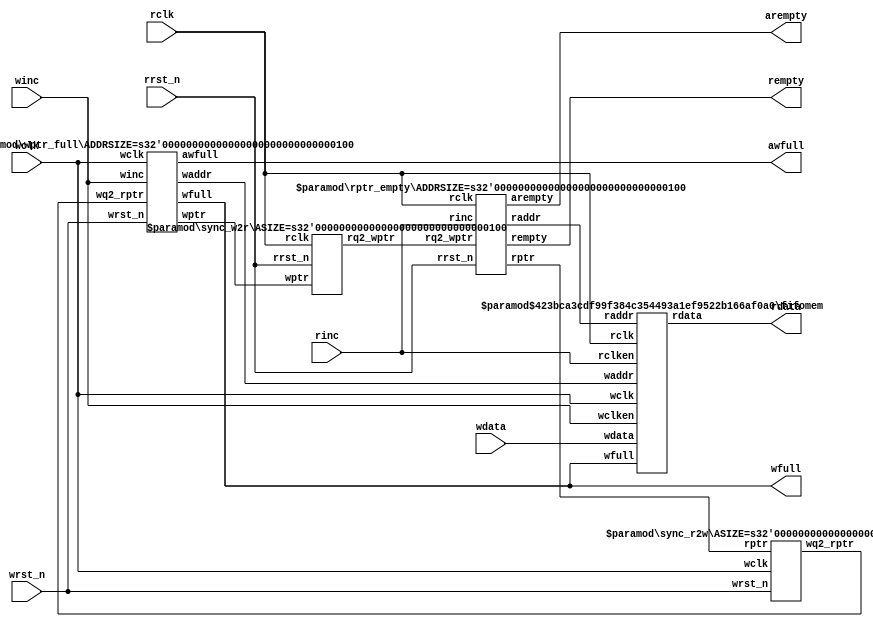
/*  
    This fifo has been taken from this repository: https://github.com/dpretet/async_fifo

*/

// distributed under the mit license
// https://opensource.org/licenses/mit-license.php

module async_fifo

    #(
        parameter DSIZE = 8,
        parameter ASIZE = 4,
        parameter FALLTHROUGH = "TRUE" // First word fall-through without latency
    )(
        input  wire             wclk,
        input  wire             wrst_n,
        input  wire             winc,
        input  wire [DSIZE-1:0] wdata,
        output wire             wfull,
        output wire             awfull,
        input  wire             rclk,
        input  wire             rrst_n,
        input  wire             rinc,
        output wire [DSIZE-1:0] rdata,
        output wire             rempty,
        output wire             arempty
    );

    wire [ASIZE-1:0] waddr, raddr;
    wire [ASIZE  :0] wptr, rptr, wq2_rptr, rq2_wptr;

    // The module synchronizing the read point
    // from read to write domain
    sync_r2w
    #(ASIZE)
    sync_r2w (
    .wq2_rptr (wq2_rptr),
    .rptr     (rptr),
    .wclk     (wclk),
    .wrst_n   (wrst_n)
    );

    // The module synchronizing the write point
    // from write to read domain
    sync_w2r
    #(ASIZE)
    sync_w2r (
    .rq2_wptr (rq2_wptr),
    .wptr     (wptr),
    .rclk     (rclk),
    .rrst_n   (rrst_n)
    );

    // The module handling the write requests
    wptr_full
    #(ASIZE)
    wptr_full (
    .awfull   (awfull),
    .wfull    (wfull),
    .waddr    (waddr),
    .wptr     (wptr),
    .wq2_rptr (wq2_rptr),
    .winc     (winc),
    .wclk     (wclk),
    .wrst_n   (wrst_n)
    );

    // The DC-RAM
    fifomem
    #(DSIZE, ASIZE, FALLTHROUGH)
    fifomem (
    .rclken (rinc),
    .rclk   (rclk),
    .rdata  (rdata),
    .wdata  (wdata),
    .waddr  (waddr),
    .raddr  (raddr),
    .wclken (winc),
    .wfull  (wfull),
    .wclk   (wclk)
    );

    // The module handling read requests
    rptr_empty
    #(ASIZE)
    rptr_empty (
    .arempty  (arempty),
    .rempty   (rempty),
    .raddr    (raddr),
    .rptr     (rptr),
    .rq2_wptr (rq2_wptr),
    .rinc     (rinc),
    .rclk     (rclk),
    .rrst_n   (rrst_n)
    );

endmodule

module fifomem

    #(
        parameter  DATASIZE = 8,    // Memory data word width
        parameter  ADDRSIZE = 4,    // Number of mem address bits
        parameter  FALLTHROUGH = "TRUE" // First word fall-through
    ) (
        input  wire                wclk,
        input  wire                wclken,
        input  wire [ADDRSIZE-1:0] waddr,
        input  wire [DATASIZE-1:0] wdata,
        input  wire                wfull,
        input  wire                rclk,
        input  wire                rclken,
        input  wire [ADDRSIZE-1:0] raddr,
        output wire [DATASIZE-1:0] rdata
    );

    localparam DEPTH = 1<<ADDRSIZE;

    reg [DATASIZE-1:0] mem [0:DEPTH-1];
    reg [DATASIZE-1:0] rdata_r;

    always @(posedge wclk) begin
        if (wclken && !wfull)
            mem[waddr] <= wdata;
    end

    generate
        if (FALLTHROUGH == "TRUE")
        begin : fallthrough
            assign rdata = mem[raddr];
        end
        else
        begin : registered_read
            always @(posedge rclk) begin
                if (rclken)
                    rdata_r <= mem[raddr];
            end
            assign rdata = rdata_r;
        end
    endgenerate

endmodule



module rptr_empty

    #(
    parameter ADDRSIZE = 4
    )(
    input  wire                rclk,
    input  wire                rrst_n,
    input  wire                rinc,
    input  wire [ADDRSIZE  :0] rq2_wptr,
    output reg                 rempty,
    output reg                 arempty,
    output wire [ADDRSIZE-1:0] raddr,
    output reg  [ADDRSIZE  :0] rptr
    );

    reg  [ADDRSIZE:0] rbin;
    wire [ADDRSIZE:0] rgraynext, rbinnext, rgraynextm1;
    wire              arempty_val, rempty_val;

    //-------------------
    // GRAYSTYLE2 pointer
    //-------------------
    always @(posedge rclk or negedge rrst_n) begin

        if (!rrst_n)
            {rbin, rptr} <= 0;
        else
            {rbin, rptr} <= {rbinnext, rgraynext};

    end

    // Memory read-address pointer (okay to use binary to address memory)
    assign raddr     = rbin[ADDRSIZE-1:0];
    assign rbinnext  = rbin + (rinc & ~rempty);
    assign rgraynext = (rbinnext >> 1) ^ rbinnext;
    assign rgraynextm1 = ((rbinnext + 1'b1) >> 1) ^ (rbinnext + 1'b1);

    //---------------------------------------------------------------
    // FIFO empty when the next rptr == synchronized wptr or on reset
    //---------------------------------------------------------------
    assign rempty_val = (rgraynext == rq2_wptr);
    assign arempty_val = (rgraynextm1 == rq2_wptr);

    always @ (posedge rclk or negedge rrst_n) begin

        if (!rrst_n) begin
            arempty <= 1'b0;
            rempty <= 1'b1;
        end
        else begin
            arempty <= arempty_val;
            rempty <= rempty_val;
        end

    end

endmodule

module sync_r2w

    #(
    parameter ASIZE = 4
    )(
    input  wire              wclk,
    input  wire              wrst_n,
    input  wire [ASIZE:0] rptr,
    output reg  [ASIZE:0] wq2_rptr
    );

    reg [ASIZE:0] wq1_rptr;

    always @(posedge wclk or negedge wrst_n) begin

        if (!wrst_n)
            {wq2_rptr,wq1_rptr} <= 0;
        else
            {wq2_rptr,wq1_rptr} <= {wq1_rptr,rptr};

    end

endmodule

module sync_w2r

    #(
    parameter ASIZE = 4
    )(
    input  wire              rclk,
    input  wire              rrst_n,
    output reg  [ASIZE:0] rq2_wptr,
    input  wire [ASIZE:0] wptr
    );

    reg [ASIZE:0] rq1_wptr;

    always @(posedge rclk or negedge rrst_n) begin

        if (!rrst_n)
            {rq2_wptr,rq1_wptr} <= 0;
        else
            {rq2_wptr,rq1_wptr} <= {rq1_wptr,wptr};

    end

endmodule

module wptr_full

	#(
		parameter ADDRSIZE = 4
	)(
		input  wire                wclk,
		input  wire                wrst_n,
		input  wire                winc,
		input  wire [ADDRSIZE  :0] wq2_rptr,
		output reg                 wfull,
		output reg                 awfull,
		output wire [ADDRSIZE-1:0] waddr,
		output reg  [ADDRSIZE  :0] wptr
	);

    reg  [ADDRSIZE:0] wbin;
    wire [ADDRSIZE:0] wgraynext, wbinnext, wgraynextp1;
    wire              awfull_val, wfull_val;

	// GRAYSTYLE2 pointer
	always @(posedge wclk or negedge wrst_n) begin

		if (!wrst_n)
			{wbin, wptr} <= 0;
		else
			{wbin, wptr} <= {wbinnext, wgraynext};

	end

    // Memory write-address pointer (okay to use binary to address memory)
    assign waddr = wbin[ADDRSIZE-1:0];
    assign wbinnext  = wbin + (winc & ~wfull);
    assign wgraynext = (wbinnext >> 1) ^ wbinnext;
    assign wgraynextp1 = ((wbinnext + 1'b1) >> 1) ^ (wbinnext + 1'b1);

    //------------------------------------------------------------------
    // Simplified version of the three necessary full-tests:
    // assign wfull_val=((wgnext[ADDRSIZE] !=wq2_rptr[ADDRSIZE] ) &&
    //                   (wgnext[ADDRSIZE-1]  !=wq2_rptr[ADDRSIZE-1]) &&
    // (wgnext[ADDRSIZE-2:0]==wq2_rptr[ADDRSIZE-2:0]));
    //------------------------------------------------------------------

     assign wfull_val = (wgraynext == {~wq2_rptr[ADDRSIZE:ADDRSIZE-1],wq2_rptr[ADDRSIZE-2:0]});
     assign awfull_val = (wgraynextp1 == {~wq2_rptr[ADDRSIZE:ADDRSIZE-1],wq2_rptr[ADDRSIZE-2:0]});

     always @(posedge wclk or negedge wrst_n) begin

        if (!wrst_n) begin
            awfull <= 1'b0;
            wfull  <= 1'b0;
        end else begin
            awfull <= awfull_val;
            wfull  <= wfull_val;
        end
    end

endmodule